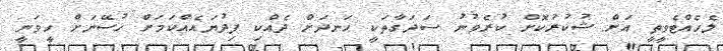
ލެހެއްޓެވީތީ އަށް ޝުކުރުކޮށް ކުރެވުނު ސަދަގާތަކީ ހަނދަށް ދެއްކި ފިދުޔައެއްކަމަށް ހުސޭނަށް ހީވަނީ